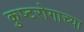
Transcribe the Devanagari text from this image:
कुष्टरोगाच्या